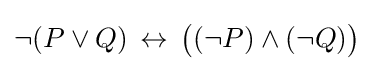
\neg (P\lor Q)\,\leftrightarrow \,{\big (}(\neg P)\land (\neg Q){\big )}